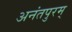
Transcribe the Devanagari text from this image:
अनंतपुरम्